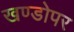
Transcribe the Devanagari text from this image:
खण्डोपर